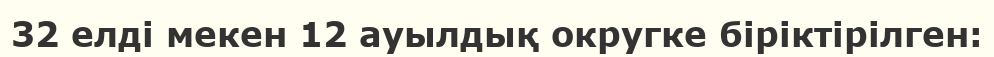
32 елді мекен 12 ауылдық округке біріктірілген: